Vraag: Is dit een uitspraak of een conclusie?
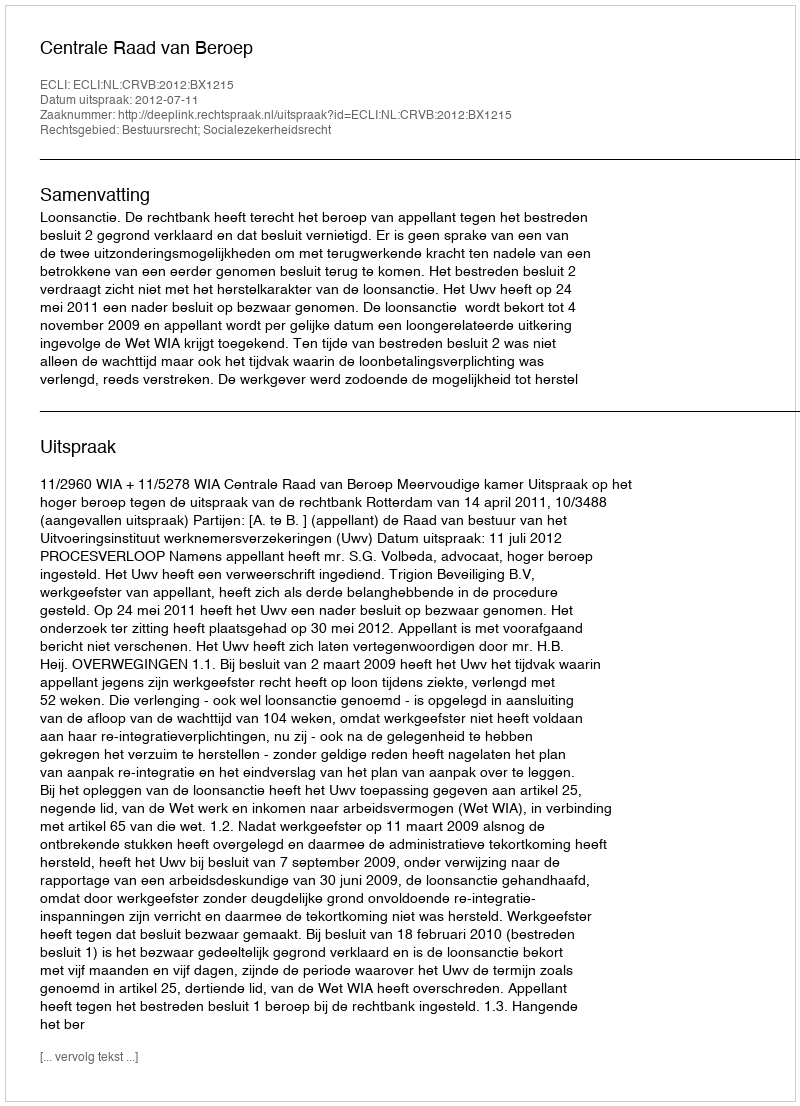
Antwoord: Uitspraak